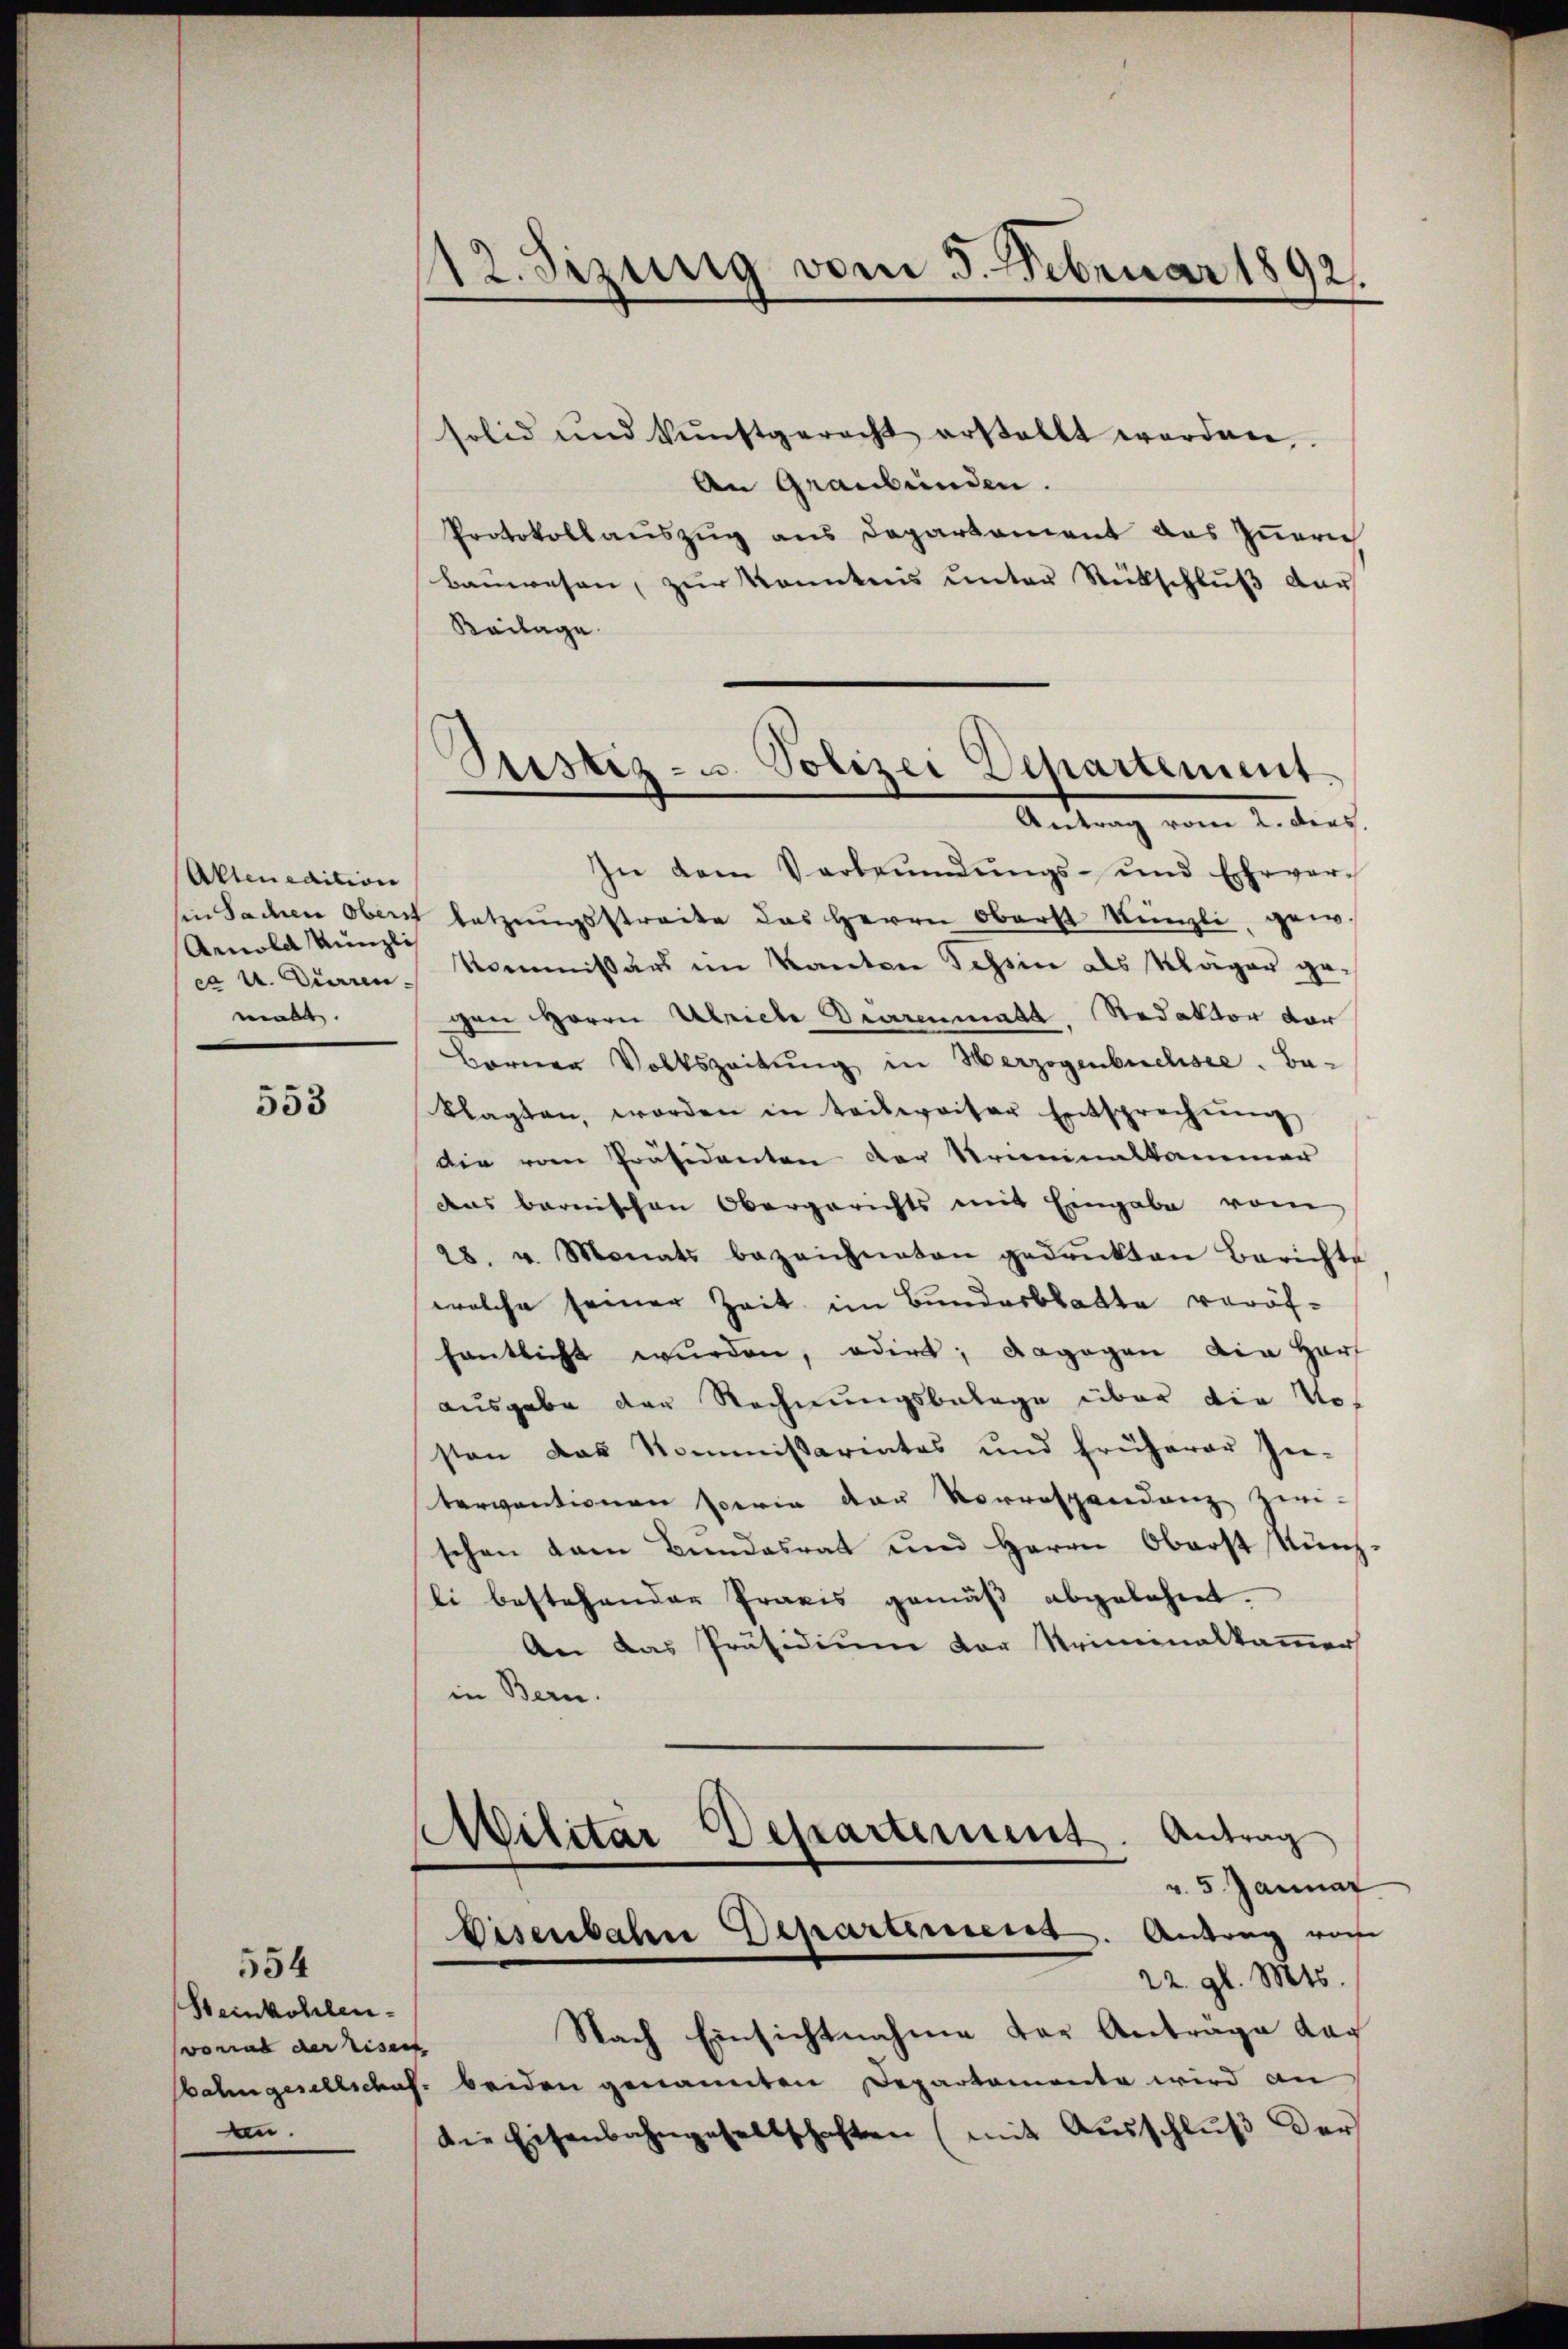
Altenedition
Arnold Künzlis
ca u. Tieren
malt

553

554
Steinkohlen.
vorrat der Eisent
den.

112. Sizung vom 5. Februar 1892.

solid und kunstgerecht erstellt werden,
An Graubünden.
Protokollauszug aus Departement des Inneri
Bauwesen, zur Kenntnis unter Rückschluß der
Keilage.
In dem Verbeŭndŭngs- und Ehrver-
in Sachen Obern letzŭngsstreite das Herrn Oberst Künzli, gew.
Kommissärs im Kanton Tessin als Kläger gegen Herrn Ulricle Diarenmatt, Redaktor dar
Berner Volkszeitung in Herzogenbuchsee. Ba-
klagten, worden in teilweiter Entsprechŭng
die vom Präsidenten der Kriminalkammer
das barnischen Obergerichts mit Eingabe vom
28. v. Monats bezeichneten gedrukten Berichte
welche seiner Zeit im Bundesblatte veröffentlicht wurden, odert; dagegen die Harf
ausgabe der Rechnungsbelage über die Vo
sten das Kommissariates und früherer Ge-
terventionen sowie der Vorrespendenz zwi-
schen kam Bŭndesrat und Herrn Oberst Künz-
li bestehender Praxis gemäß abgelehnt.
An das Präsidium vor Kriminalkammer
in Bern.
Antrag
Militar Departement.
v. 5. Januar
Eisenbahn Departement. Antrag von
22. gl. Mts.
Nach Einsichtnahme der Anträge dag
bahngeschliches beiden genannten Departemente wird an
die Eisenbahngesellschaften (mit Ausschlŭβ der

Sistiz- u. Polizei Departement
Antrag vom 2. dies.